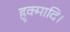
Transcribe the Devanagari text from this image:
हुक्मादि।